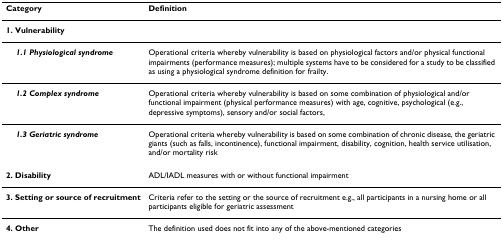
<table><thead><tr><td><b>Category</b></td><td><b>Definition</b></td></tr></thead><tbody><tr><td><b>1. Vulnerability</b></td><td></td></tr><tr><td> <b><i>1.1 Physiological syndrome</i></b></td><td>Operational criteria whereby vulnerability is based on physiological factors and/or physical functional impairments (performance measures); multiple systems have to be considered for a study to be classified as using a physiological syndrome definition for frailty.</td></tr><tr><td> <b><i>1.2 Complex syndrome</i></b></td><td>Operational criteria whereby vulnerability is based on some combination of physiological and/or functional impairment (physical performance measures) with age, cognitive, psychological (e.g., depressive symptoms), sensory and/or social factors,</td></tr><tr><td> <b><i>1.3 Geriatric syndrome</i></b></td><td>Operational criteria whereby vulnerability is based on some combination of chronic disease, the geriatric giants (such as falls, incontinence), functional impairment, disability, cognition, health service utilisation, and/or mortality risk</td></tr><tr><td><b>2. Disability</b></td><td>ADL/IADL measures with or without functional impairment</td></tr><tr><td><b>3. Setting or source of recruitment</b></td><td>Criteria refer to the setting or the source of recruitment e.g., all participants in a nursing home or all participants eligible for geriatric assessment</td></tr><tr><td><b>4. Other</b></td><td>The definition used does not fit into any of the above-mentioned categories</td></tr></tbody></table>